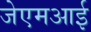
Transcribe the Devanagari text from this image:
जेएमआई